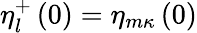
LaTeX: \eta_{l}^{+}\left(0\right)=\eta_{m\kappa}\left(0\right)